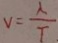
v = \frac { \lambda } { T }